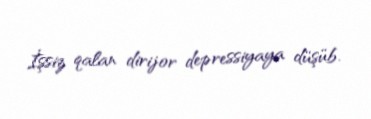
İşsiz qalan dirijor depressiyaya düşüb.